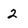
Character: 2